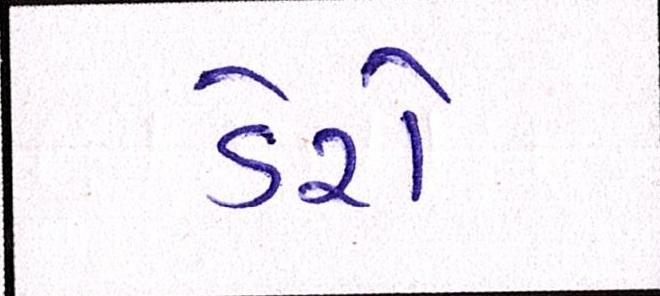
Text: ડેરો